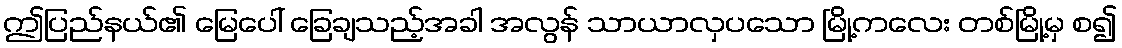
ဤပြည်နယ်၏ မြေပေါ် ခြေချသည့်အခါ အလွန် သာယာလှပသော မြို့ကလေး တစ်မြို့မှ စ၍